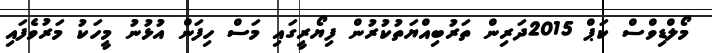
މޯލްޑިވްސް ކަޕް 2015ދަރިން ތަރުބިއްޔަތުކުރުން ފިޔޯރީގައި މަސް ހިފަން އުޅުނު މީހަކު މަރުވެފައި